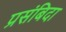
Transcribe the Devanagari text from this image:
प्रसंबिदा